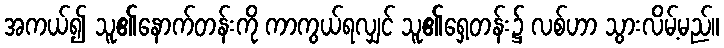
အကယ်၍ သူ၏နောက်တန်းကို ကာကွယ်ရလျှင် သူ၏ရှေ့တန်း၌ လစ်ဟာ သွားလိမ့်မည်။